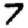
Digit: 7